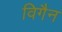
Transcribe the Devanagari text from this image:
विगैन